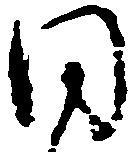
同